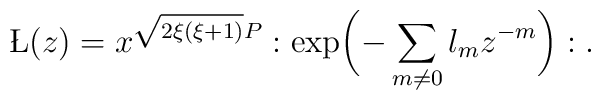
\L(z)=x^{\sqrt{2\xi(\xi+1)}P}:\exp\biggl(-\sum_{m\ne 0}\l_m z^{-m}\biggr):.